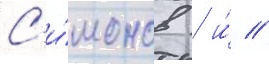
С'и́монов / и́ //